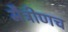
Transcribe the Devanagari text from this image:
मैत्रीणच